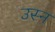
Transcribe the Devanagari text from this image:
उस्न